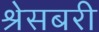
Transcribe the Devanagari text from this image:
श्रेसबरी